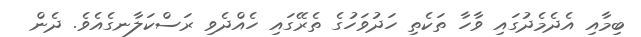
ބިމާއި އެދެމެދުގައި ވާހާ ތަކެތި ހަދުވަހުގެ ތެރޭގައި ހެއްދެވި ރަސްކަލާނގެއެވެ. ދެން